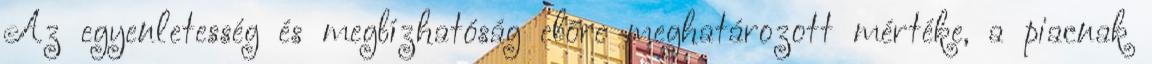
Az egyenletesség és megbízhatóság előre meghatározott mértéke, a piacnak